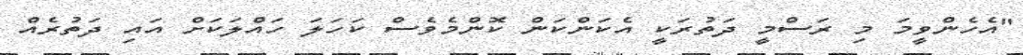
"އެހެންވީމަ މި ރަސްމީ ދަތުރަކީ އެކަންކަން ކޮންމެވެސް ކަހަލަ ހައްލަކަށް އައި ދަތުރެއް